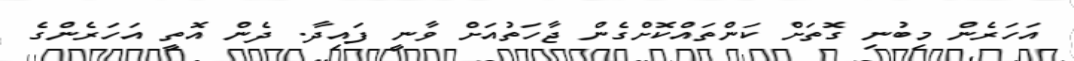
އަހަރެން މިބުނި ގޮތަށް ކަންތައްކޮށްގެން ޖާހަތުއަށް ވާނީ ފައިދާ. ދެން އޮތީ އަހަރެންގެ